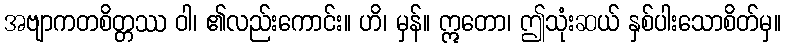
အဗျာကတစိတ္တဿ ဝါ၊ ၏လည်းကောင်း။ ဟိ၊ မှန်။ ဣတော၊ ဤသုံးဆယ် နှစ်ပါးသောစိတ်မှ။